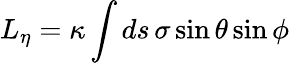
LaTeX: L_{\eta}=\kappa\int ds\, \sigma\sin\theta\sin\phi